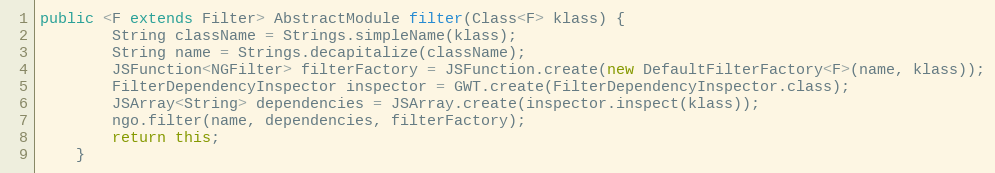
Language: Java
public <F extends Filter> AbstractModule filter(Class<F> klass) {
        String className = Strings.simpleName(klass);
        String name = Strings.decapitalize(className);
        JSFunction<NGFilter> filterFactory = JSFunction.create(new DefaultFilterFactory<F>(name, klass));
        FilterDependencyInspector inspector = GWT.create(FilterDependencyInspector.class);
        JSArray<String> dependencies = JSArray.create(inspector.inspect(klass));
        ngo.filter(name, dependencies, filterFactory);
        return this;
    }